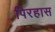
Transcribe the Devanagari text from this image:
पिरहास